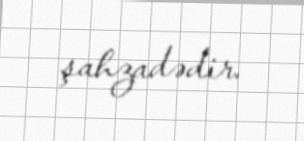
şahzadədir.